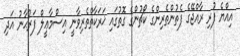
އިއްޔެ ފުރި ރާއްޖޭގެ ފެތުންތެރިންގެ ކޯޗުންގެ ގޮތުގައި ޚަރަކާތްތެރިވާނީ އިސްމާޢީލް ފަރުޙާނު އަދި